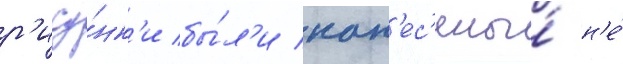
р'ису́нк'и бы́л'и нан'ес'ены́ н'е́